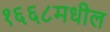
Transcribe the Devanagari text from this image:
१६६८मधील